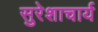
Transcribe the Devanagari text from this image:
सुरेशाचार्य